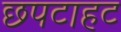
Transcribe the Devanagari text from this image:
छपटाहट